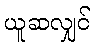
ယူဆလျှင်